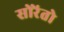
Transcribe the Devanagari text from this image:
सोरेंतो